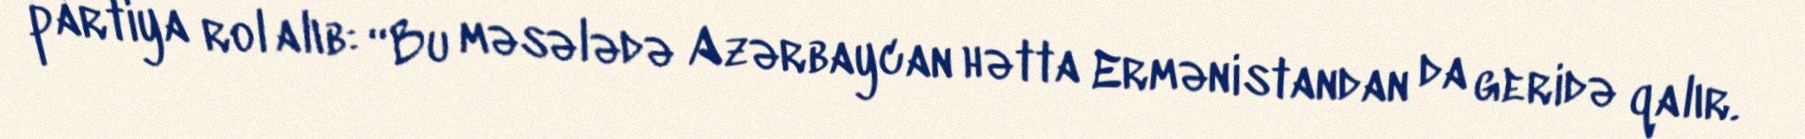
partiya rol alıb: “Bu məsələdə Azərbaycan hətta Ermənistandan da geridə qalır.